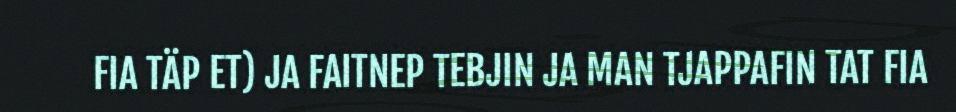
FIA TÄP ET) JA FAITNEP TEBJIN JA MAN TJAPPAFIN TAT FIA